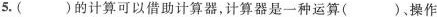
5.( )的计算可以借助计算器，计算器是一种运算( )，操作